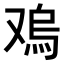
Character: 𠭬